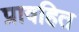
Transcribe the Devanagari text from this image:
प्रावहित